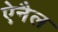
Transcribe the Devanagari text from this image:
ऐनैल